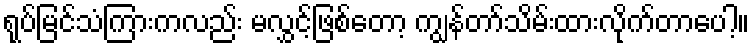
ရုပ်မြင်သံကြားကလည်း မလွှင့်ဖြစ်တော့ ကျွန်တာ်သိမ်းထားလိုက်တာပေါ့။